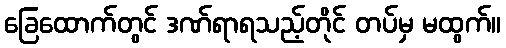
ခြေထောက်တွင် ဒဏ်ရာရသည့်တိုင် တပ်မှ မထွက်။